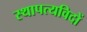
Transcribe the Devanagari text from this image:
स्थापत्यविदों